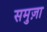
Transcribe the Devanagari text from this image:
समुज़ा